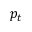
p _ { t }